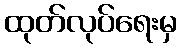
ထုတ်လုပ်ရေးမှ